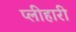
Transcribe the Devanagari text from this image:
प्लीहारी